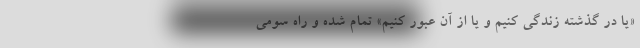
«یا در گذشته زندگی کنیم و یا از آن عبور کنیم» تمام شده و راه سومی